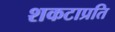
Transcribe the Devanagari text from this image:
शकटाप्रति